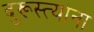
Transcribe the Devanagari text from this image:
दुरूस्त्यांना